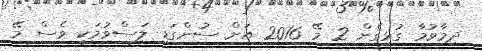
ދިމާވުމާ ގުޅިގެން 2 މޭ 2016 އަށް ސުންގަޑި ލަސްވުމަކީ ވެސް މޭ